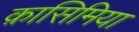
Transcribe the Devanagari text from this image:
क़ासिमिया